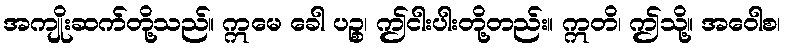
အကျိုးဆက်တို့သည်။ ဣမေ ခေါ ပဉ္စ၊ ဤငါးပါးတို့တည်း။ ဣတိ၊ ဤသို့။ အဝေါစ၊